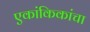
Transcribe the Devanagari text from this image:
एकांकिकांचा